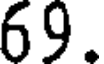
69.